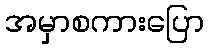
အမှာစကားပြော